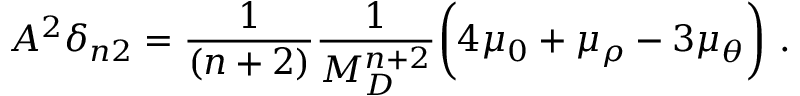
A ^ { 2 } \delta _ { n 2 } = \frac { 1 } { ( n + 2 ) } \frac { 1 } { M _ { D } ^ { n + 2 } } \bigg ( 4 \mu _ { 0 } + \mu _ { \rho } - 3 \mu _ { \theta } \bigg ) ~ .